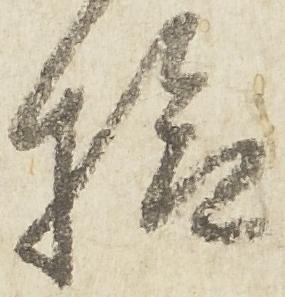
検